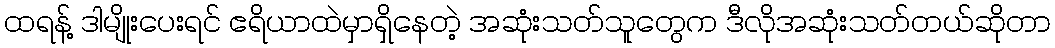
ထရန့် ဒါမျိုးပေးရင် ဧရိယာထဲမှာရှိနေတဲ့ အဆုံးသတ်သူတွေက ဒီလိုအဆုံးသတ်တယ်ဆိုတာ